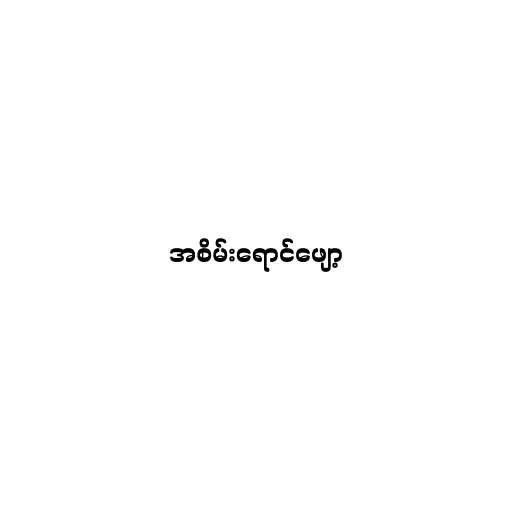
အစိမ်းရောင်ဖျော့